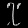
Digit: ၇